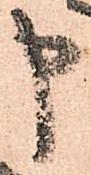
申